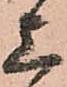
上